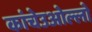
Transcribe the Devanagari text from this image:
कांचेउओल्लो